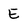
Character: E